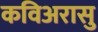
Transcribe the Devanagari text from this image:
कविअरासु